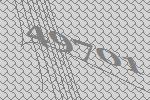
49701